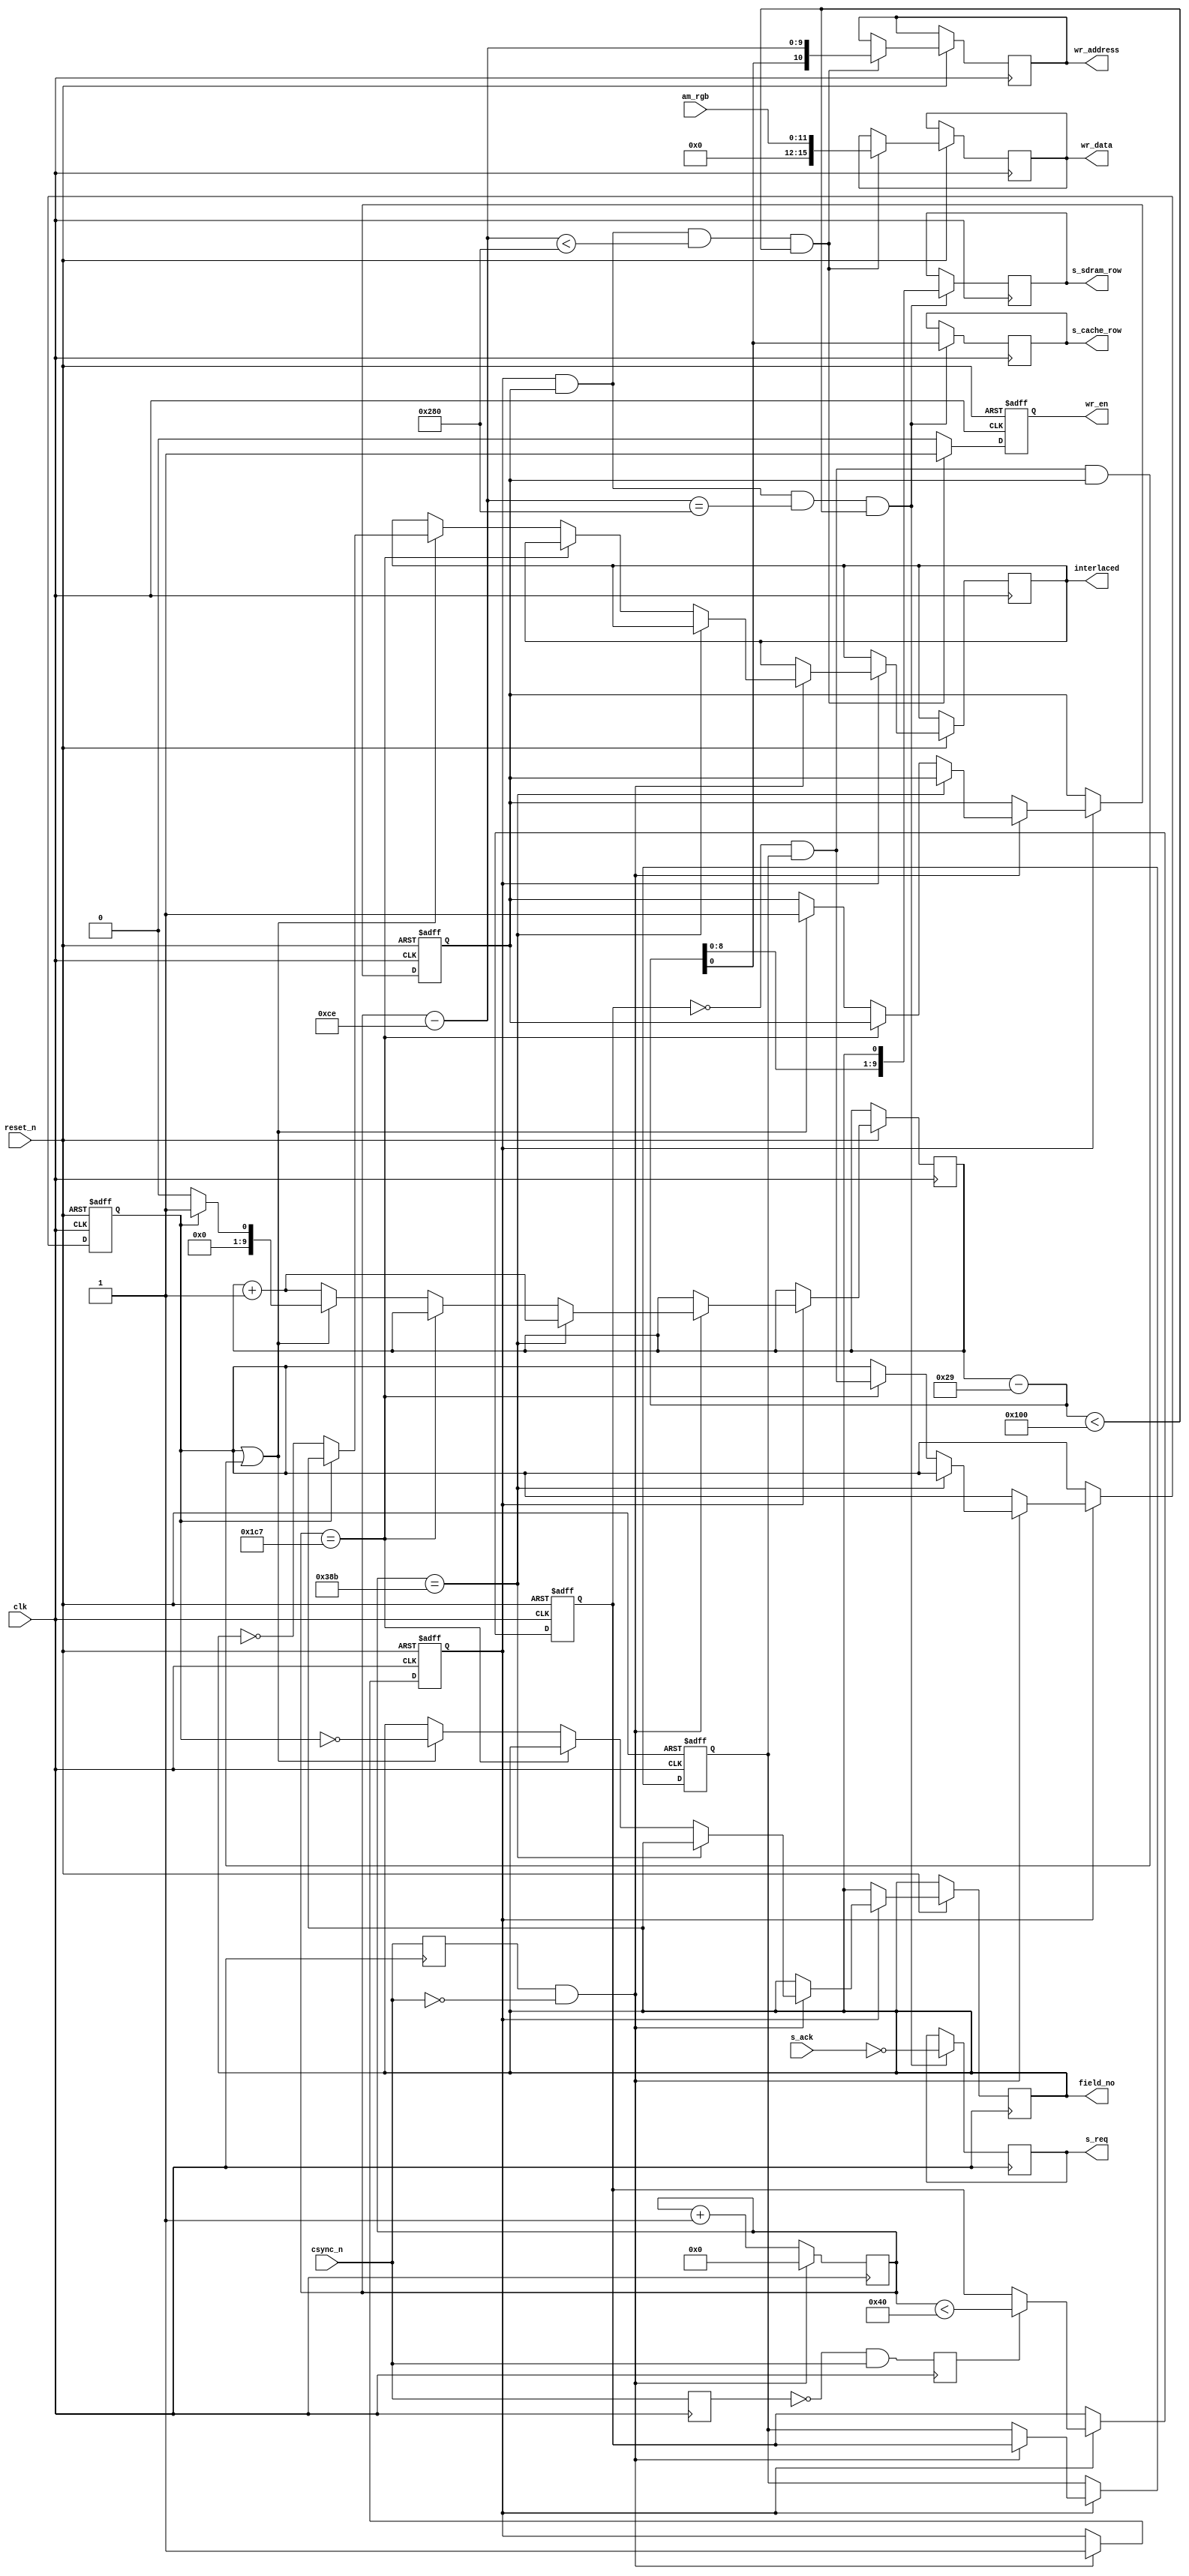
/*
 * Written Christmas 2019 by Niklas Ekstrm
 */
module amiga_frame_sampler(
   input                reset_n,

   input                clk,
   input                csync_n,
   input       [11:0]   am_rgb,

   output reg  [10:0]   wr_address,
   output reg           wr_en,
   output reg  [15:0]   wr_data,

   output reg           s_req,
   input                s_ack,
   output reg           s_cache_row,
   output reg  [9:0]    s_sdram_row,

   output reg           interlaced,
   output reg           field_no
   );

   localparam FULL_ROW_LENGTH           = 10'd908;
   localparam LEFT_HALF_ROW_LENGTH      = 10'd456;
   localparam RIGHT_HALF_ROW_LENGTH     = 10'd452;

   localparam NORMAL_PULSE_LENGTH       = 10'd68;
   localparam SHORT_PULSE_LENGTH        = 10'd32;
   localparam LONG_LEFT_PULSE_LENGTH    = 10'd388;
   localparam LONG_RIGHT_PULSE_LENGTH   = 10'd384;

   localparam X_START       = 10'd207;
   localparam Y_START       = 10'd42;

   localparam BOX_WIDTH     = 10'd640;
   localparam BOX_HEIGHT    = 10'd256;

   reg prev_ne_csync_n = 1'b1;
   reg csync_rising = 1'b0;

   always @(negedge clk)
   begin
      prev_ne_csync_n <= csync_n;
      csync_rising <= !prev_ne_csync_n && csync_n;
   end

   reg prev_pe_csync_n;
   always @(posedge clk)
      prev_pe_csync_n <= csync_n;

   wire csync_falling = prev_pe_csync_n && !csync_n;

   reg x_cnt_started = 1'b0;
   reg y_cnt_started = 1'b0;

   reg [9:0] x_cnt;
   reg [9:0] y_cnt;

   always @(posedge clk or negedge reset_n)
   begin
      if (!reset_n)
         x_cnt_started <= 1'b0;
      else if (csync_falling)
         x_cnt_started <= 1'b1;
   end

   always @(posedge clk)
   begin
      if (csync_falling)
         x_cnt <= 10'd0;
      else
         x_cnt <= x_cnt + 10'd1;
   end

   reg half_row_short = 1'b0;
   reg prev_half_row_short = 1'b0;
   reg lhr_first = 1'b0;

   always @(posedge clk or negedge reset_n)
   begin
      if (!reset_n)
      begin
         y_cnt_started <= 1'b0;

         half_row_short <= 1'b0;
         prev_half_row_short <= 1'b0;

         lhr_first <= 1'b0;
      end
      else
      begin
         if (x_cnt_started)
         begin
            if (csync_falling)
            begin
               if (x_cnt == FULL_ROW_LENGTH - 10'd1)
                  y_cnt <= y_cnt + 10'd1;
               else if (x_cnt == LEFT_HALF_ROW_LENGTH - 10'd1)
                  lhr_first <= !half_row_short && prev_half_row_short;
               else // if (x_cnt == RIGHT_HALF_ROW_LENGTH - 10'd1)
               begin
                  if (lhr_first || (!half_row_short && prev_half_row_short && y_cnt_started))
                  begin
                     if (lhr_first)
                     begin
                        y_cnt <= 10'd1;
                        interlaced <= field_no == 1'b1;
                     end
                     else
                     begin
                        y_cnt <= 10'd0;
                        interlaced <= field_no == 1'b0;
                     end

                     field_no <= !lhr_first;

                     y_cnt_started <= 1'b1;
                  end
                  else
                     y_cnt <= y_cnt + 10'd1;
               end

               prev_half_row_short <= half_row_short;
            end

            if (csync_rising)
               half_row_short <= (x_cnt < 10'd64);
         end
      end
   end

   wire [9:0] y_pos = y_cnt - (Y_START - 10'd1);
   wire [9:0] x_pos = x_cnt - (X_START - 10'd1);

   always @(posedge clk or negedge reset_n)
   begin
      if (!reset_n)
         wr_en <= 1'b0;
      else
      begin
         if (x_cnt_started && y_cnt_started && x_pos < BOX_WIDTH && y_pos < BOX_HEIGHT)
         begin
            wr_address <= {y_pos[0], x_pos};
            wr_en <= 1'b1;
            wr_data <= {4'd0, am_rgb};
         end
         else
            wr_en <= 1'b0;
      end
   end

   always @(posedge clk)
   begin
      if (x_cnt_started && y_cnt_started && x_pos == BOX_WIDTH && y_pos < BOX_HEIGHT)
      begin
         s_req <= !s_ack;
         s_cache_row <= y_pos[0];
         s_sdram_row <= {y_pos[8:0], field_no};
      end
   end

endmodule